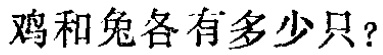
鸡和兔各有多少只？